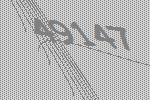
49147